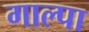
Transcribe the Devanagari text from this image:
गाल्पा